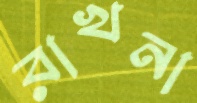
রাখনা